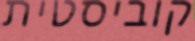
קוביסטית